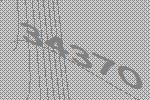
34370